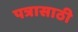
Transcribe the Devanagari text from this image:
पत्रासाठी